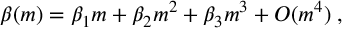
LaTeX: \beta ( m ) = \beta _ { 1 } m + \beta _ { 2 } m ^ { 2 } + \beta _ { 3 } m ^ { 3 } + O ( m ^ { 4 } ) \; ,